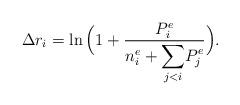
LaTeX: \begin{align*} \Delta r_i=\ln\Big(1+\frac{P_i^e}{n_i^e+\displaystyle{\sum_{j<i}}P_j^e}\Big).\end{align*}